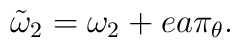
\tilde\omega_2 = \omega_2 + ea\pi_\theta.